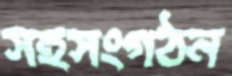
সহসংগঠন